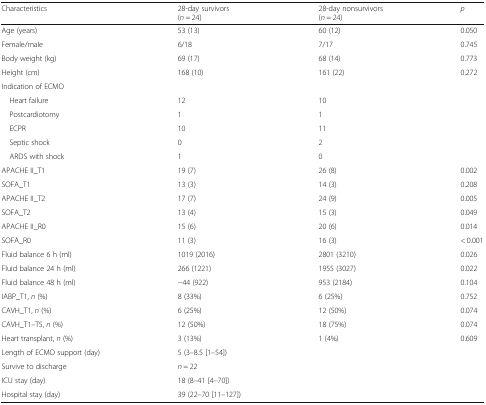
<table><thead><tr><td><b>Characteristics</b></td><td><b>28-day survivors(<i>n</i> = 24)</b></td><td><b>28-day nonsurvivors(<i>n</i> = 24)</b></td><td><b><i>p</i></b></td></tr></thead><tbody><tr><td>Age (years)</td><td>53 (13)</td><td>60 (12)</td><td>0.050</td></tr><tr><td>Female/male</td><td>6/18</td><td>7/17</td><td>0.745</td></tr><tr><td>Body weight (kg)</td><td>69 (17)</td><td>68 (14)</td><td>0.773</td></tr><tr><td>Height (cm)</td><td>168 (10)</td><td>161 (22)</td><td>0.272</td></tr><tr><td colspan="4">Indication of ECMO</td></tr><tr><td> Heart failure</td><td>12</td><td>10</td><td></td></tr><tr><td> Postcardiotomy</td><td>1</td><td>1</td><td></td></tr><tr><td> ECPR</td><td>10</td><td>11</td><td></td></tr><tr><td> Septic shock</td><td>0</td><td>2</td><td></td></tr><tr><td> ARDS with shock</td><td>1</td><td>0</td><td></td></tr><tr><td>APACHE II_T1</td><td>19 (7)</td><td>26 (8)</td><td>0.002</td></tr><tr><td>SOFA_T1</td><td>13 (3)</td><td>14 (3)</td><td>0.208</td></tr><tr><td>APACHE II_T2</td><td>17 (7)</td><td>24 (9)</td><td>0.005</td></tr><tr><td>SOFA_T2</td><td>13 (4)</td><td>15 (3)</td><td>0.049</td></tr><tr><td>APACHE II_R0</td><td>15 (6)</td><td>20 (6)</td><td>0.014</td></tr><tr><td>SOFA_R0</td><td>11 (3)</td><td>16 (3)</td><td>&lt; 0.001</td></tr><tr><td>Fluid balance 6 h (ml)</td><td>1019 (2016)</td><td>2801 (3210)</td><td>0.026</td></tr><tr><td>Fluid balance 24 h (ml)</td><td>266 (1221)</td><td>1955 (3027)</td><td>0.022</td></tr><tr><td>Fluid balance 48 h (ml)</td><td>−44 (922)</td><td>953 (2184)</td><td>0.104</td></tr><tr><td>IABP_T1, <i>n</i> (%)</td><td>8 (33%)</td><td>6 (25%)</td><td>0.752</td></tr><tr><td>CAVH_T1, <i>n</i> (%)</td><td>6 (25%)</td><td>12 (50%)</td><td>0.074</td></tr><tr><td>CAVH_T1–T5, <i>n</i> (%)</td><td>12 (50%)</td><td>18 (75%)</td><td>0.074</td></tr><tr><td>Heart transplant, <i>n</i> (%)</td><td>3 (13%)</td><td>1 (4%)</td><td>0.609</td></tr><tr><td>Length of ECMO support (day)</td><td>5 (3–8.5 [1–54])</td><td></td><td></td></tr><tr><td>Survive to discharge</td><td><i>n</i> = 22</td><td></td><td></td></tr><tr><td>ICU stay (day)</td><td>18 (8–41 [4–70])</td><td></td><td></td></tr><tr><td>Hospital stay (day)</td><td>39 (22–70 [11–127])</td><td></td><td></td></tr></tbody></table>